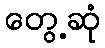
တွေ့ဆုံ